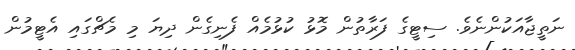
ނަތީޖާއަކުންނެވެ. ސިޓީގެ ފަރާތުން މޮޅު ކުޅުމެއް ފެނިގެން ދިޔަ މި މެޗްގައި އެޓީމުން